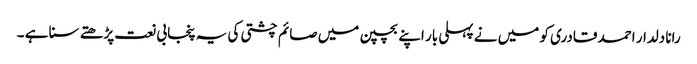
رانا دلدار احمد قادری کو میں نے پہلی بار اپنے بچپن میں صائم چشتی کی یہ پنجابی نعت پڑھتے سنا ہے ۔